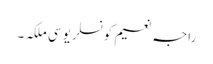
راجہ نعیم کونسلر یو سی ملکہ ۔